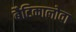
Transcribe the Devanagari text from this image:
बैटिकालोवा